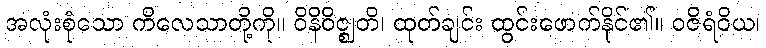
အလုံးစုံသော ကိလေသာတို့ကို။ ဝိနိဝိဇ္ဈတိ၊ ထုတ်ချင်း ထွင်းဖောက်နိုင်၏။ ဝဇိရံဝိယ၊